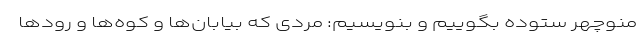
منوچهر ستوده بگوییم و بنویسیم: مردی که بیابان‌ها و کوه‌ها و رودها